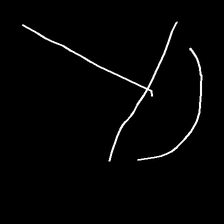
Glyph: dispersion